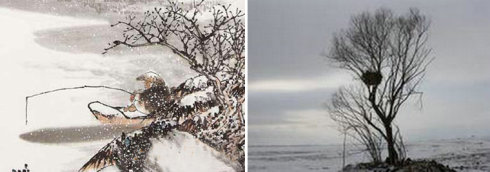
屏却相思，近来知道都无益。